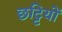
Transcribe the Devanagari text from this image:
छट्टियों